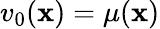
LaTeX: v_{0}({\mathbf x})=\mu({\mathbf x})